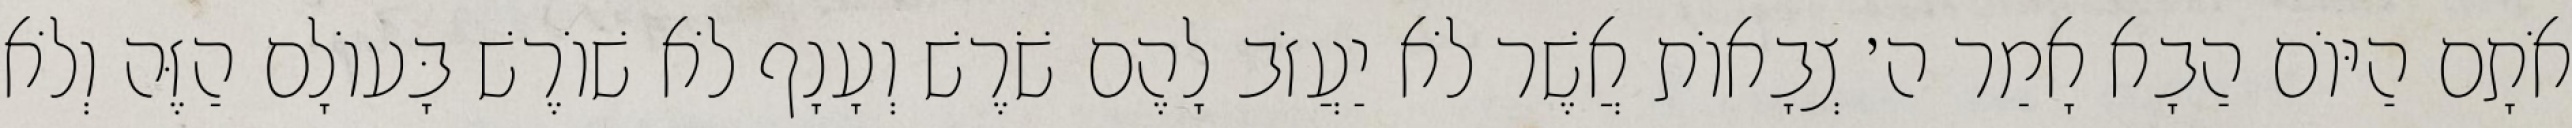
אֹתָם הַיּוֹם הַבָא אָמַר ה׳ צְבָאוֹת אֲשֶׁר לֹא יַעֲזֹב לָהֶם שֹׁרֶשׁ וְעָנָף לֹא שׁוֹרֶשׁ בָּעוֹלָם הַזֶּה וְלֹא